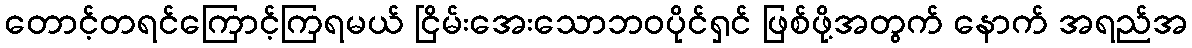
တောင့်တရင်ကြောင့်ကြရမယ် ငြိမ်းအေးသောဘဝပိုင်ရှင် ဖြစ်ဖို့အတွက် နောက် အရည်အ